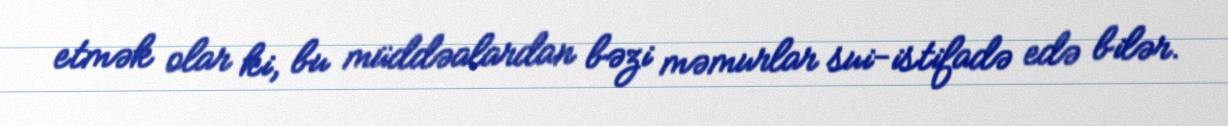
etmək olar ki, bu müddəalardan bəzi məmurlar sui-istifadə edə bilər.